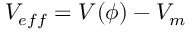
V _ { e f f } = V ( \phi ) - V _ { m }